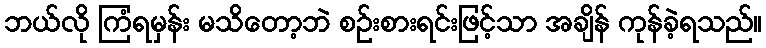
ဘယ်လို ကြံရမှန်း မသိတော့ဘဲ စဉ်းစားရင်းဖြင့်သာ အချိန် ကုန်ခဲ့ရသည်။